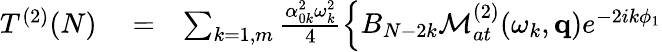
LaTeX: \begin{array}{rlr}{T^{(2)}(N)}&{{}=}&{\sum_{k=1,m}\frac{\alpha_{0k}^{2}\omega_{k}^{2}}{4}\left\{ B_{N-2k}{\cal M}_{at}^{(2)}(\omega_{k},\mathbf{q})e^{-2ik\phi_{1}}\right.}\end{array}